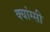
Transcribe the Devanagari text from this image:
क्यांग्सी